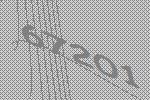
67201